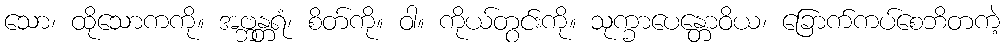
သော၊ ထိုသောကကို။ အဗ္ဘန္တရံ၊ စိတ်ကို။ ဝါ။ ကိုယ်တွင်းကို။ သုက္ခာပေန္တောဝိယ၊ ခြောက်ကပ်စေဘိတကဲ့